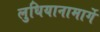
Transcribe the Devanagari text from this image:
लुधियानामार्गे